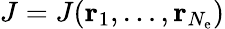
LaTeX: J=J({\mathbf r}_{1},\ldots,{\mathbf r}_{N_{\mathrm{e}}})